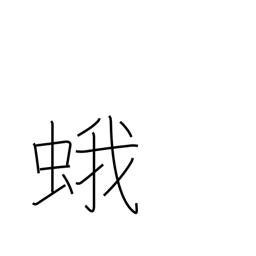
Meaning: moth